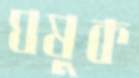
ঘষুক